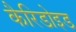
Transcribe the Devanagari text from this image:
कैरिडोइड